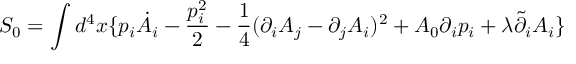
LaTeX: S _ { 0 } = \int d ^ { 4 } x \{ p _ { i } \dot { A } _ { i } - \frac { p _ { i } ^ { 2 } } { 2 } - \frac { 1 } { 4 } ( \partial _ { i } A _ { j } - \partial _ { j } A _ { i } ) ^ { 2 } + A _ { 0 } \partial _ { i } p _ { i } + \lambda \tilde { \partial } _ { i } A _ { i } \}